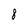
Character: 8